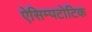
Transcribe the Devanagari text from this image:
ऐसिम्पटोटिक